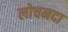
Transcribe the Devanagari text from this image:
लोचनदा